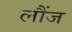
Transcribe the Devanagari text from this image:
लौंज